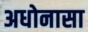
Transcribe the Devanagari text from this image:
अधोनासा